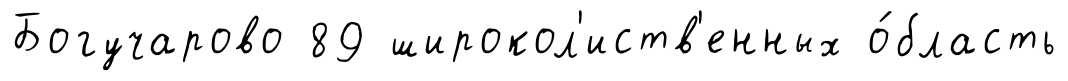
Богучарово 89 широкол'иств'енных о́бласть